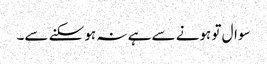
سوال تو ہونے سے ہے نہ ہو سکنے سے۔